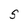
Character: S